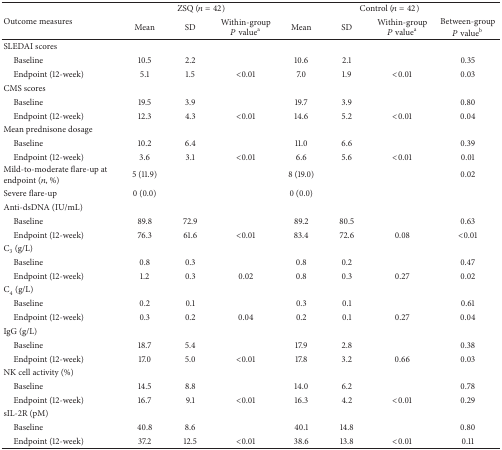
<table><thead><tr><td rowspan="2"><b>Outcome measures</b></td><td colspan="3"><b>ZSQ (<i>n</i> = 42)</b></td><td colspan="4"><b>Control (<i>n</i> = 42)</b></td></tr><tr><td><b>Mean</b></td><td><b>SD</b></td><td><b>Within-group<i>P</i> value<sup>a</sup></b></td><td><b>Mean</b></td><td><b>SD</b></td><td><b>Within-group<i>P</i> value<sup>a</sup></b></td><td><b>Between-group<i>P</i> value<sup>b</sup></b></td></tr></thead><tbody><tr><td>SLEDAI scores </td><td> </td><td> </td><td> </td><td> </td><td> </td><td> </td><td> </td></tr><tr><td> Baseline</td><td>10.5</td><td>2.2</td><td> </td><td>10.6</td><td>2.1</td><td> </td><td>0.35</td></tr><tr><td> Endpoint (12-week)</td><td>5.1</td><td>1.5</td><td>&lt;0.01</td><td>7.0</td><td>1.9</td><td>&lt;0.01</td><td>0.03</td></tr><tr><td>CMS scores</td><td> </td><td> </td><td> </td><td> </td><td> </td><td> </td><td> </td></tr><tr><td> Baseline</td><td>19.5</td><td>3.9</td><td> </td><td>19.7</td><td>3.9</td><td> </td><td>0.80</td></tr><tr><td> Endpoint (12-week)</td><td>12.3</td><td>4.3</td><td>&lt;0.01</td><td>14.6</td><td>5.2</td><td>&lt;0.01</td><td>0.04</td></tr><tr><td>Mean prednisone dosage</td><td> </td><td> </td><td> </td><td> </td><td> </td><td> </td><td> </td></tr><tr><td> Baseline</td><td>10.2</td><td>6.4</td><td> </td><td>11.0</td><td>6.6</td><td> </td><td>0.39</td></tr><tr><td> Endpoint (12-week)</td><td> 3.6</td><td>3.1</td><td>&lt;0.01</td><td>6.6</td><td>5.6</td><td>&lt;0.01</td><td>0.01</td></tr><tr><td>Mild-to-moderate flare-up at endpoint (<i>n</i>, %)</td><td>5 (11.9) </td><td> </td><td> </td><td>8 (19.0)</td><td> </td><td> </td><td>0.02</td></tr><tr><td>Severe flare-up</td><td>0 (0.0)</td><td> </td><td> </td><td>0 (0.0)</td><td> </td><td> </td><td> </td></tr><tr><td>Anti-dsDNA (IU/mL) </td><td> </td><td> </td><td> </td><td> </td><td> </td><td> </td><td> </td></tr><tr><td> Baseline</td><td>89.8</td><td>72.9</td><td> </td><td>89.2</td><td>80.5</td><td> </td><td>0.63</td></tr><tr><td> Endpoint (12-week)</td><td>76.3</td><td>61.6</td><td>&lt;0.01</td><td>83.4</td><td>72.6</td><td>0.08</td><td>&lt;0.01</td></tr><tr><td>C<sub>3</sub> (g/L) </td><td> </td><td> </td><td> </td><td> </td><td> </td><td> </td><td> </td></tr><tr><td> Baseline</td><td>0.8</td><td>0.3</td><td> </td><td>0.8</td><td>0.2</td><td> </td><td>0.47</td></tr><tr><td> Endpoint (12-week)</td><td>1.2</td><td>0.3</td><td>0.02</td><td>0.8</td><td>0.3</td><td>0.27</td><td>0.02</td></tr><tr><td>C<sub>4</sub> (g/L)</td><td> </td><td> </td><td> </td><td> </td><td> </td><td> </td><td> </td></tr><tr><td> Baseline</td><td>0.2</td><td>0.1</td><td> </td><td>0.3</td><td>0.1</td><td> </td><td>0.61</td></tr><tr><td> Endpoint (12-week)</td><td>0.3</td><td>0.2</td><td>0.04</td><td>0.2</td><td>0.1</td><td>0.27</td><td>0.04</td></tr><tr><td>IgG (g/L) </td><td> </td><td> </td><td> </td><td> </td><td> </td><td> </td><td> </td></tr><tr><td> Baseline</td><td>18.7</td><td>5.4</td><td> </td><td>17.9</td><td>2.8</td><td> </td><td>0.38</td></tr><tr><td> Endpoint (12-week)</td><td>17.0</td><td>5.0</td><td>&lt;0.01</td><td>17.8</td><td>3.2</td><td>0.66</td><td>0.03</td></tr><tr><td>NK cell activity (%)</td><td> </td><td> </td><td> </td><td> </td><td> </td><td> </td><td> </td></tr><tr><td> Baseline</td><td>14.5</td><td>8.8</td><td> </td><td>14.0</td><td>6.2</td><td> </td><td>0.78</td></tr><tr><td> Endpoint (12-week)</td><td>16.7</td><td>9.1</td><td>&lt;0.01</td><td>16.3</td><td>4.2</td><td>&lt;0.01</td><td>0.29</td></tr><tr><td>sIL-2R (pM)</td><td> </td><td> </td><td> </td><td> </td><td> </td><td> </td><td> </td></tr><tr><td> Baseline</td><td>40.8</td><td>8.6</td><td> </td><td>40.1</td><td>14.8</td><td> </td><td>0.80</td></tr><tr><td> Endpoint (12-week)</td><td>37.2</td><td>12.5</td><td>&lt;0.01</td><td>38.6</td><td>13.8</td><td>&lt;0.01</td><td>0.11</td></tr></tbody></table>